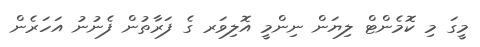
މީގަ މި ކޮމެންޓް ލިޔަން ނިންމީ އޮލިވަރ ގެ ފަރާތުން ފެނުނު އަހަރެން